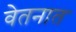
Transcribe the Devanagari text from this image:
वेतनात